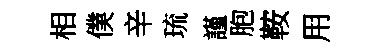
相僕辛琉謹胞鞍用